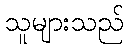
သူများသည်